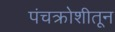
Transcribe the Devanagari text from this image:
पंचक्रोशीतून